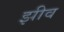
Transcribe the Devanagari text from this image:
झीव